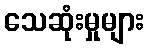
သေဆုံးမှုများ